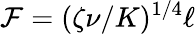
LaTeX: \mathcal{F}=(\zeta\nu/K)^{1/4}\ell